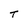
Character: T